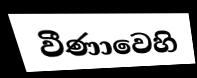
වීණාවෙහි